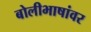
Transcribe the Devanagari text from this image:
बोलीभाषांवर